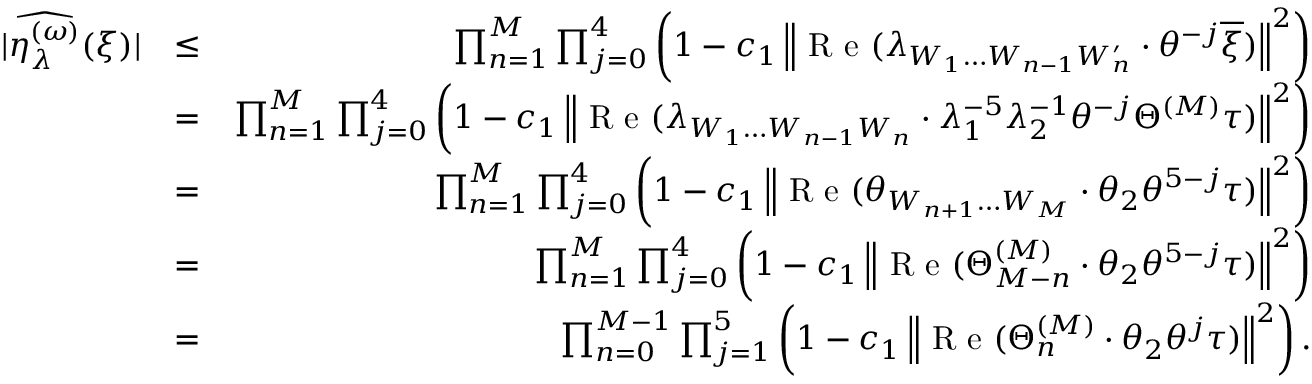
\begin{array} { r l r } { | \widehat { \eta _ { \lambda } ^ { ( \omega ) } } ( \xi ) | } & { \le } & { \prod _ { n = 1 } ^ { M } \prod _ { j = 0 } ^ { 4 } \left( 1 - c _ { 1 } \left\| \textup { R e } ( \lambda _ { W _ { 1 } \ldots W _ { n - 1 } W _ { n } ^ { \prime } } \cdot \theta ^ { - j } \overline { \xi } ) \right\| ^ { 2 } \right) } \\ & { = } & { \prod _ { n = 1 } ^ { M } \prod _ { j = 0 } ^ { 4 } \left( 1 - c _ { 1 } \left\| \textup { R e } ( \lambda _ { W _ { 1 } \ldots W _ { n - 1 } W _ { n } } \cdot \lambda _ { 1 } ^ { - 5 } \lambda _ { 2 } ^ { - 1 } \theta ^ { - j } \Theta ^ { ( M ) } \tau ) \right\| ^ { 2 } \right) } \\ & { = } & { \prod _ { n = 1 } ^ { M } \prod _ { j = 0 } ^ { 4 } \left( 1 - c _ { 1 } \left\| \textup { R e } ( \theta _ { W _ { n + 1 } \ldots W _ { M } } \cdot \theta _ { 2 } \theta ^ { 5 - j } \tau ) \right\| ^ { 2 } \right) } \\ & { = } & { \prod _ { n = 1 } ^ { M } \prod _ { j = 0 } ^ { 4 } \left( 1 - c _ { 1 } \left\| \textup { R e } ( \Theta _ { M - n } ^ { ( M ) } \cdot \theta _ { 2 } \theta ^ { 5 - j } \tau ) \right\| ^ { 2 } \right) } \\ & { = } & { \prod _ { n = 0 } ^ { M - 1 } \prod _ { j = 1 } ^ { 5 } \left( 1 - c _ { 1 } \left\| \textup { R e } ( \Theta _ { n } ^ { ( M ) } \cdot \theta _ { 2 } \theta ^ { j } \tau ) \right\| ^ { 2 } \right) . } \end{array}